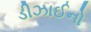
ડીઝાઈનો